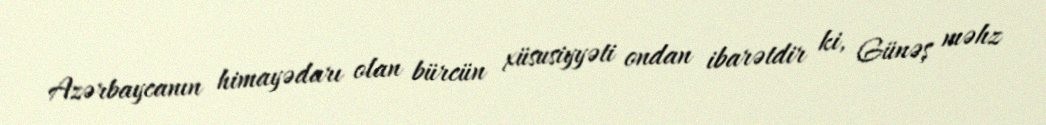
Azərbaycanın himayədarı olan bürcün xüsusiyyəti ondan ibarətdir ki, Günəş məhz